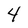
Character: 4